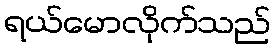
ရယ်မောလိုက်သည်